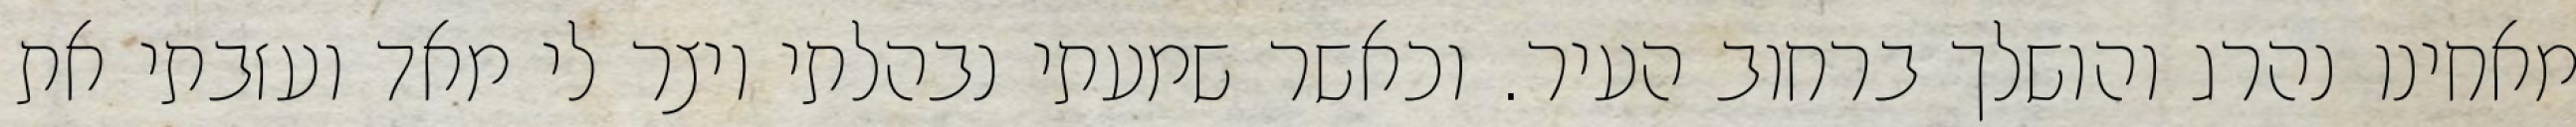
מאחינו נהרג והושלך ברחוב העיר. וכאשר שמעתי נבהלתי ויצר לי מאד ועזבתי את